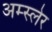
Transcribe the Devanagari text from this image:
अम्स्लेर